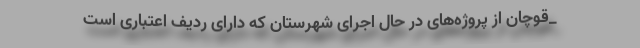
_قوچان از پروژه‌های در حال اجرای شهرستان که دارای ردیف اعتباری است